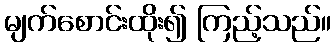
မျက်စောင်းထိုး၍ ကြည့်သည်။